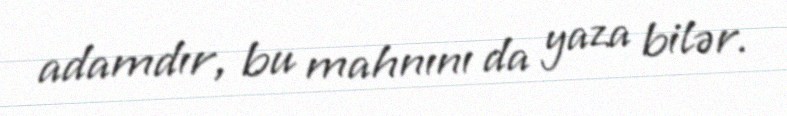
adamdır, bu mahnını da yaza bilər.